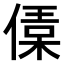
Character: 𠍙